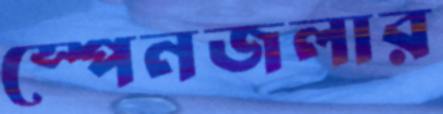
স্পেনজলার